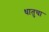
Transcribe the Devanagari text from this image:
धातुचा